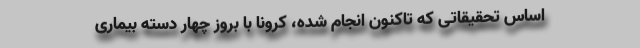
اساس تحقیقاتی که تاکنون انجام شده، کرونا با بروز چهار دسته بیماری